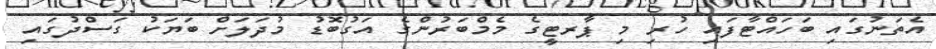
އެތަނުގައި ބަހައްޓާފައި ހުރި މި ޕާރޓީގެ މެމްބަރުންގެ އަގުބޮޑު މުދަލަށް ބަޔަކު ގަސްދުގައި